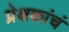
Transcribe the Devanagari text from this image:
प्रेक्षकांचं